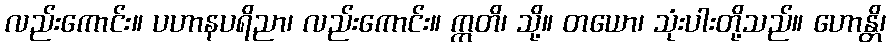
လည်းကောင်း။ ပဟာနပရိညာ၊ လည်းကောင်း။ ဣတိ၊ သို့။ တယော၊ သုံးပါးတို့သည်။ ဟောန္တိ၊